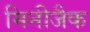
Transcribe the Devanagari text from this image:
मिनीजैक